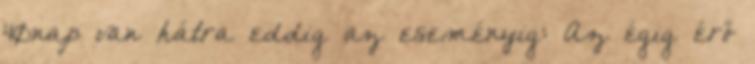
40nap van hátra eddig az eseményig: Az égig érő